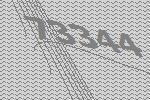
73344